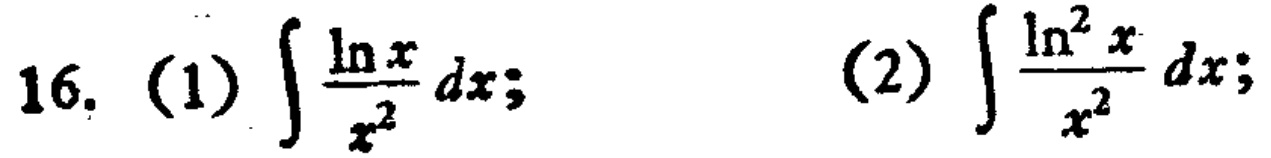
16. (1) \(\int \frac{\ln x}{x^{2}}dx\); (2) \(\int \frac{\ln^{2} x}{x^{2}}dx\);